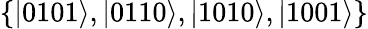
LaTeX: \{ |0101\rangle,|0110\rangle,|1010\rangle,|1001\rangle\}